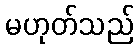
မဟုတ်သည်